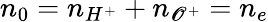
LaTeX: n_{0}=n_{H^{+}}+n_{\mathscr{O}^{+}}=n_{e}